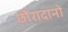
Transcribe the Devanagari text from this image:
छौरादानो